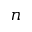
n